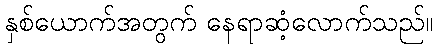
နှစ်ယောက်အတွက် နေရာဆံ့လောက်သည်။